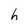
Character: h